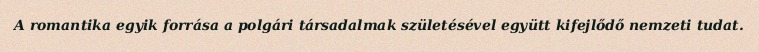
A romantika egyik forrása a polgári társadalmak születésével együtt kifejlődő nemzeti tudat.